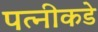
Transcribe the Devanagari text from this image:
पत्‍नीकडे